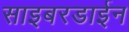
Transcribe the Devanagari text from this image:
साइबरडाईन